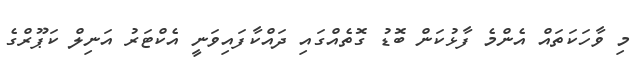
މި ވާހަކަތައް އެންމެ ފާޅުކަން ބޮޑު ގޮތެއްގައި ދައްކާފައިވަނީ އެކްޓަރު އަނިލް ކަޕޫރްގެ